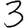
Digit: 3